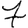
Digit: 7